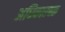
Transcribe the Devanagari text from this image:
अधिकारबळ